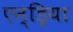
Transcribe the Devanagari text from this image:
एन्ड्रिया